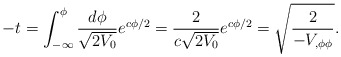
\begin{align*}-t = \int_{-\infty}^\phi { d\phi \over \sqrt{2 V_0}} e^{c \phi/2} = {2\over c \sqrt{2 V_0}} e^{c \phi/2}= \sqrt{2 \over -V_{,\phi \phi}}.\end{align*}